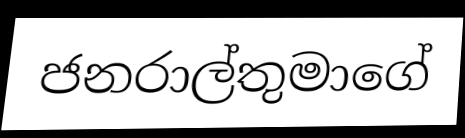
ජනරාල්තුමාගේ